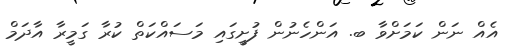
އެއް ނަން ކަމަށްވާ ބ. އަންހެނުން ފުށީގައި މަސައްކަތް ކުރާ ގަމީރާ އާދަމް